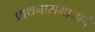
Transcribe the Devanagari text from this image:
प्राथनासमाजाचे